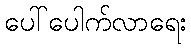
ပေါ်ပေါက်လာရေး